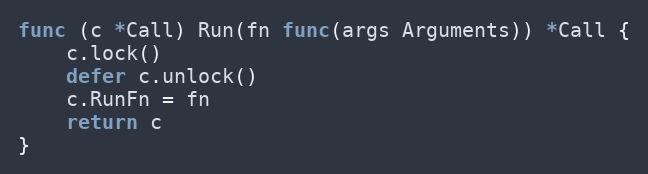
Language: Go
func (c *Call) Run(fn func(args Arguments)) *Call {
	c.lock()
	defer c.unlock()
	c.RunFn = fn
	return c
}